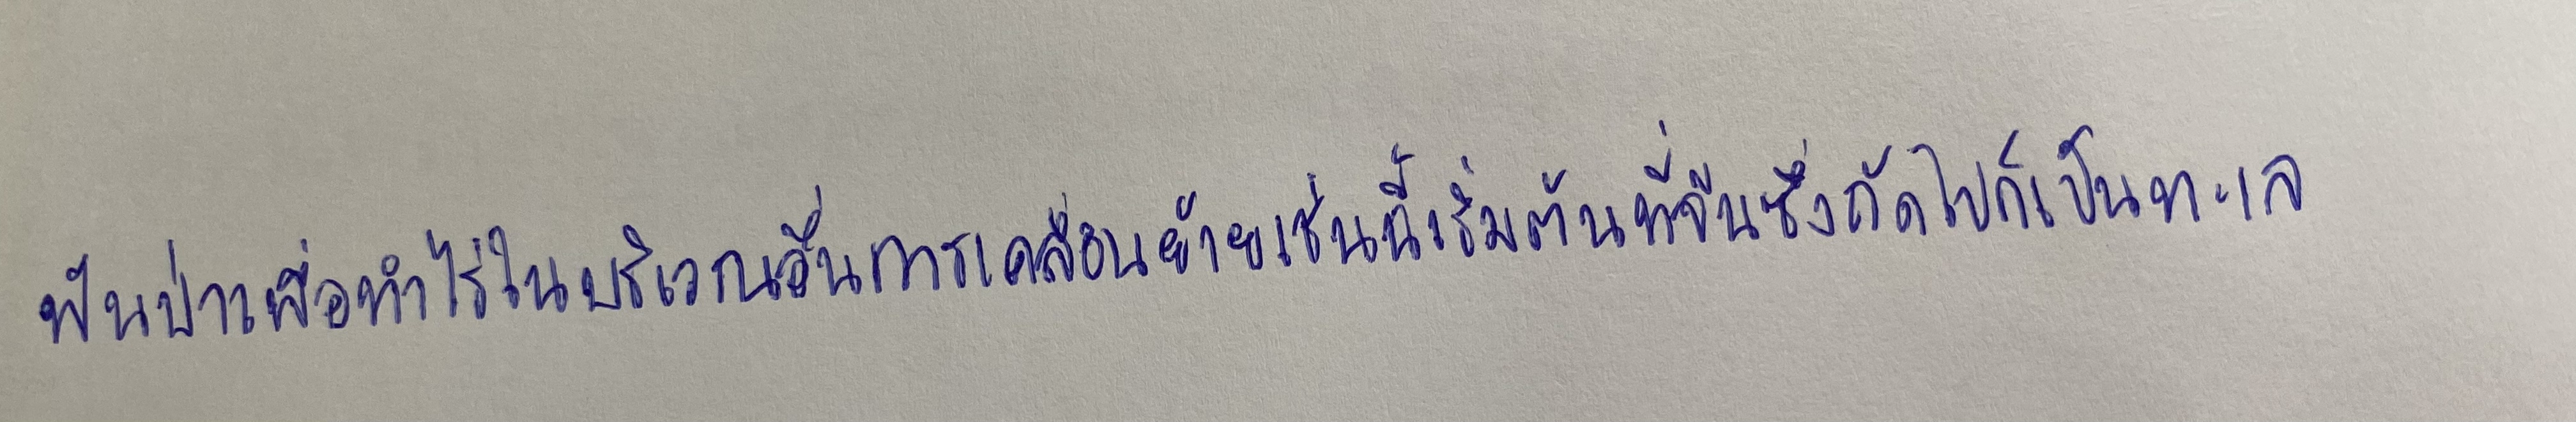
ฟันป่าเพื่อทำไร่ในบริเวณอื่นการเคลื่อนย้ายเช่นนี้เริ่มต้นที่จีนซึ่งถัดไปก็เป็นทะเล